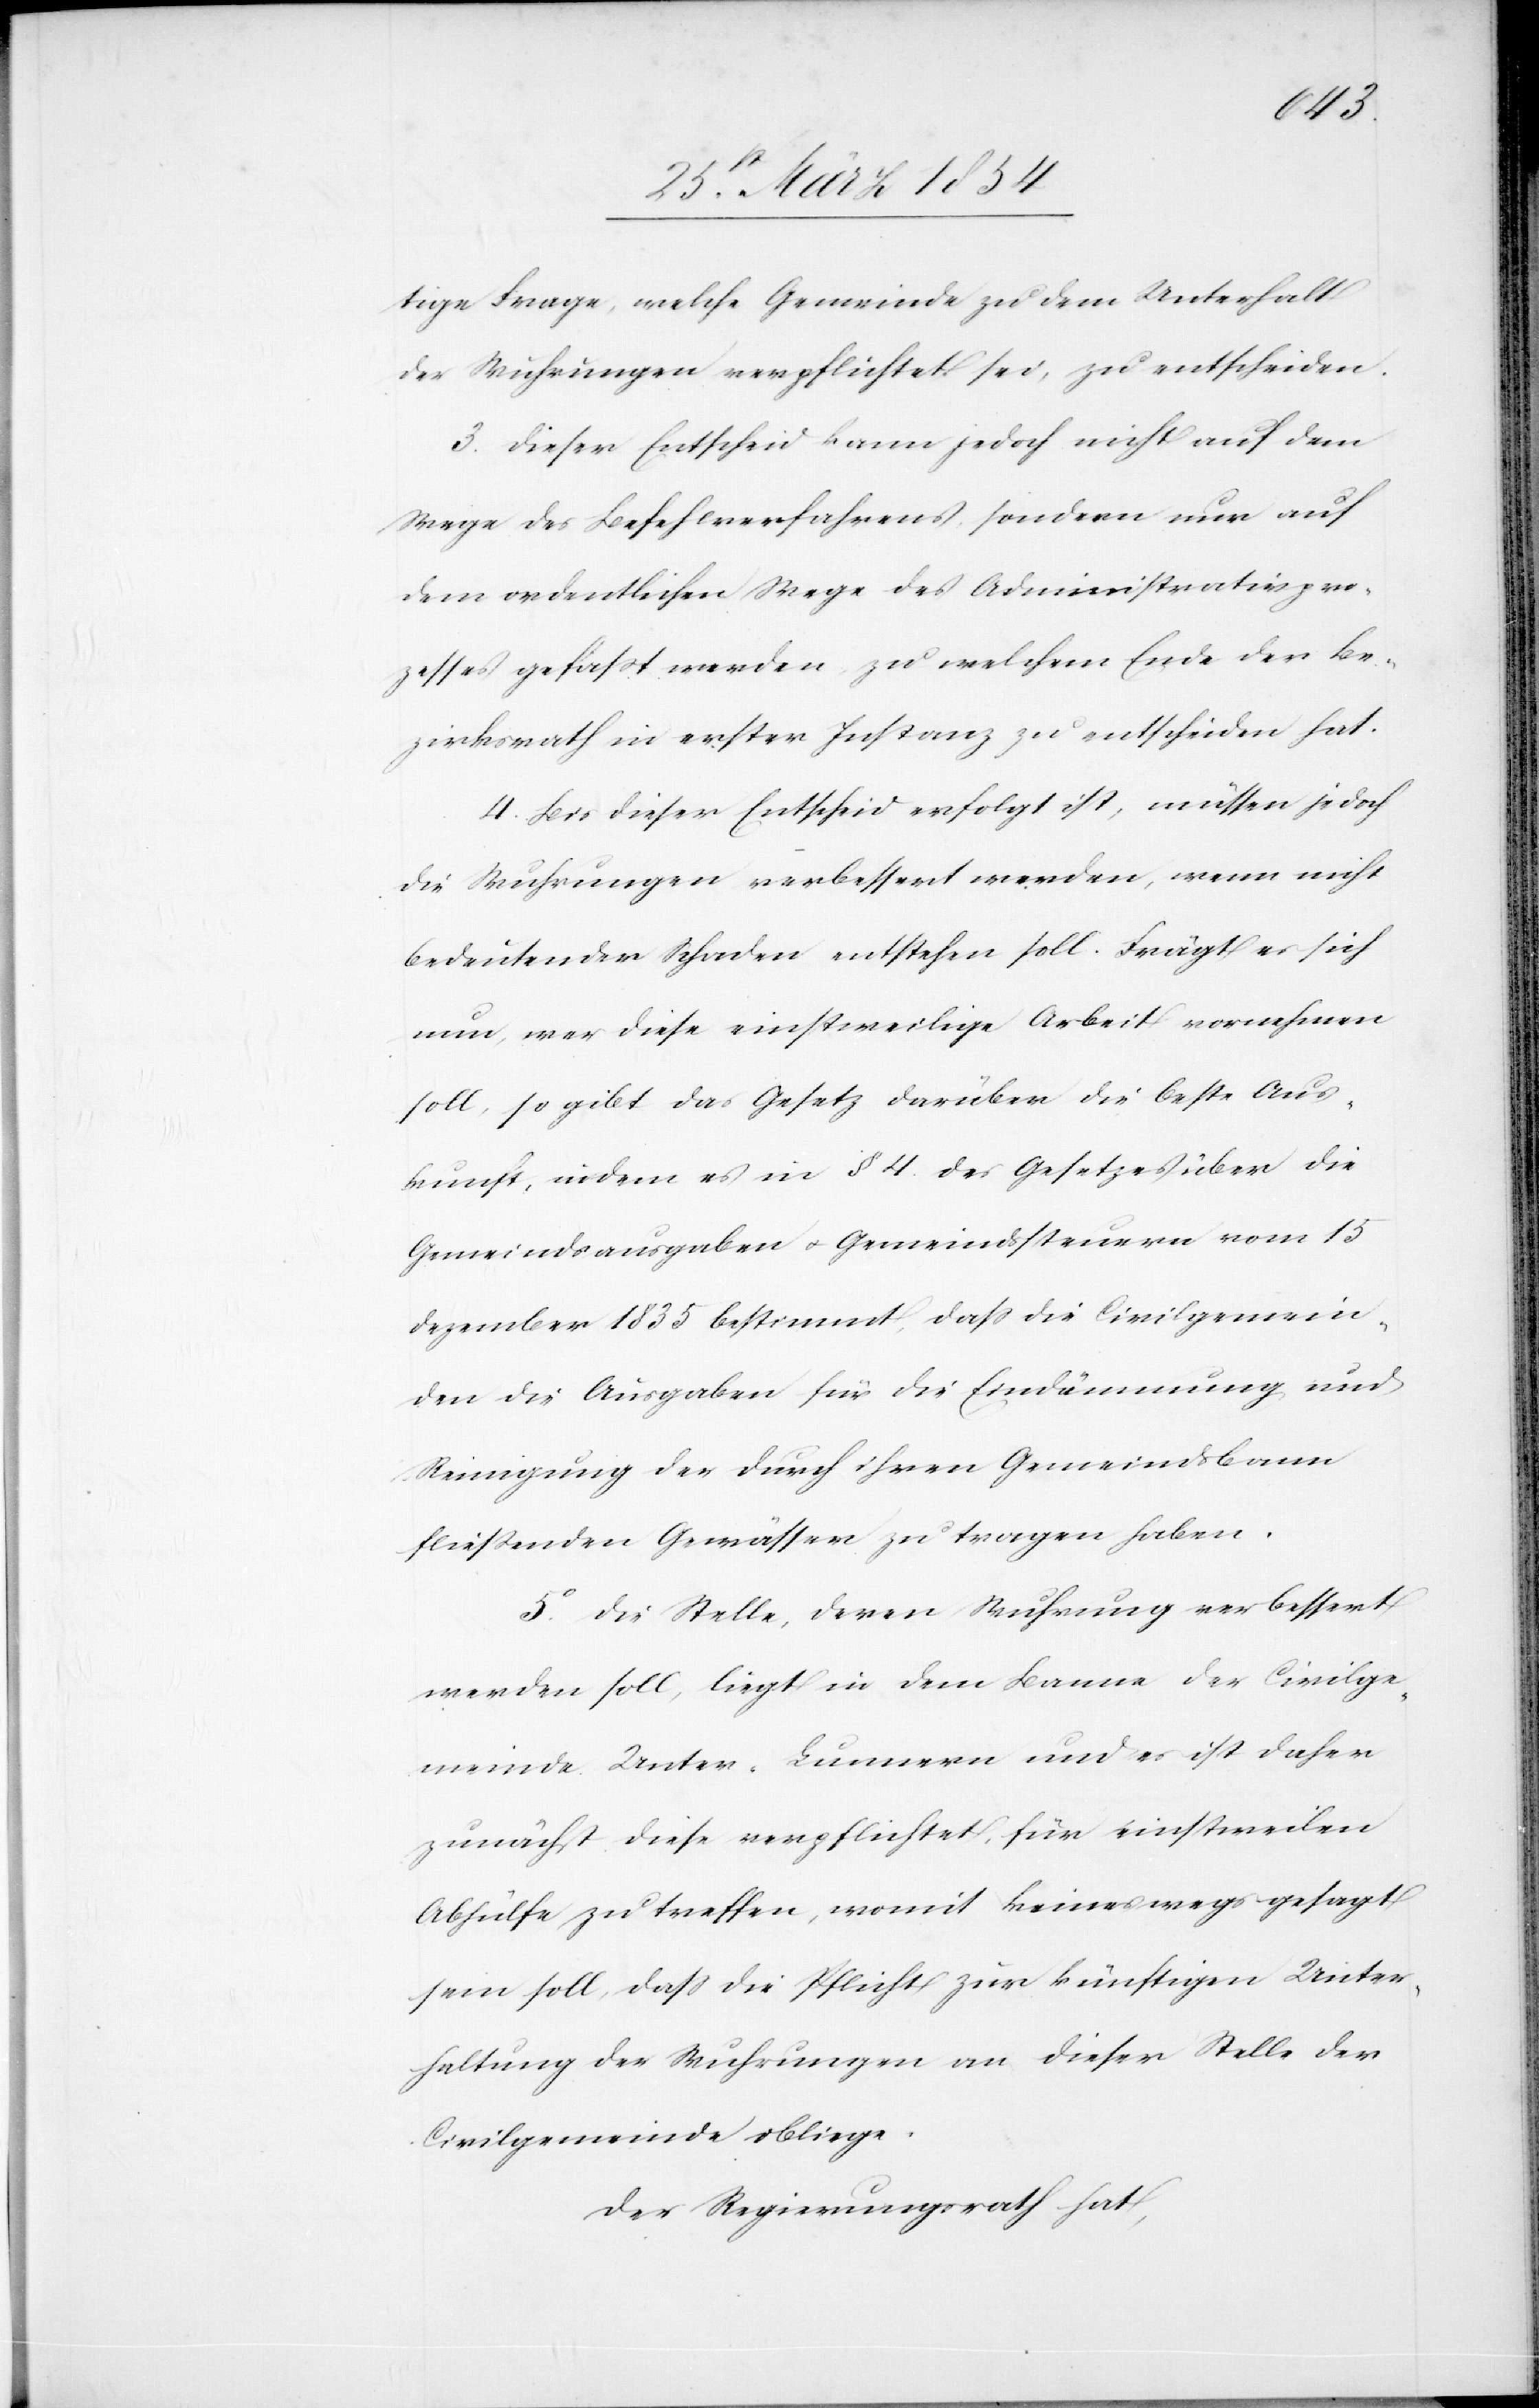
tige Frage, welche Gemeinde zu dem Unterhalt
der Wuhrungen verpflichtet sei, zu entscheiden.
3. Dieser Entscheid kann jedoch nicht auf dem
Wege des Befehlsverfahrens, sondern nur auf
dem ordentlichen Wege des Administrativpro¬
zesses gefaßt werden, zu welchem Ende der Be¬
zirksrath in erster Instanz zu entscheiden hat.
4. Bis dieser Entscheid erfolgt ist, müssen jedoch
die Wuhrungen verbessert werden, wenn nicht
bedeutender Schaden entstehen soll. Frägt es sich
nun, wer diese einstweilige Arbeit vornehmen
soll, so gibt das Gesetz darüber die beste Aus¬
kunft, indem es in § 4. des Gesetzes über die
Gemeindsausgaben u. Gemeindssteuern vom 15
Dezember 1835 bestimmt, daß die Civilgemein¬
de die Ausgaben für die Eindämmung und
Reinigung der durch ihren Gemeindsbanne
fließenden Gewässer zu tragen habe.
5. Die Stelle, deren Wuhrung verbessert
werden soll, liegt in dem Banne der Civilge¬
meinde Unter-Lunnern und es ist daher
zunächst diese verpflichtet, für einstweilen
Abhülfe zu treffen, womit keineswegs gesagt
sein soll, daß die Pflicht zur künftigen Unter¬
haltung der Wuhrungen an dieser Stelle der
Civilgemeinde obliege.
Der Regierungsrath hat,